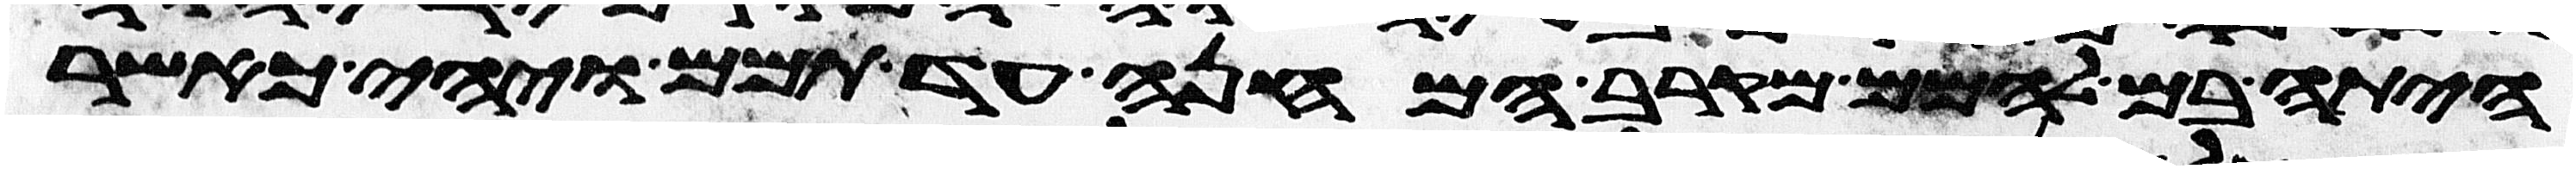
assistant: היתה בם להמם מקרב המחנה עד תמם ויהי כאשר